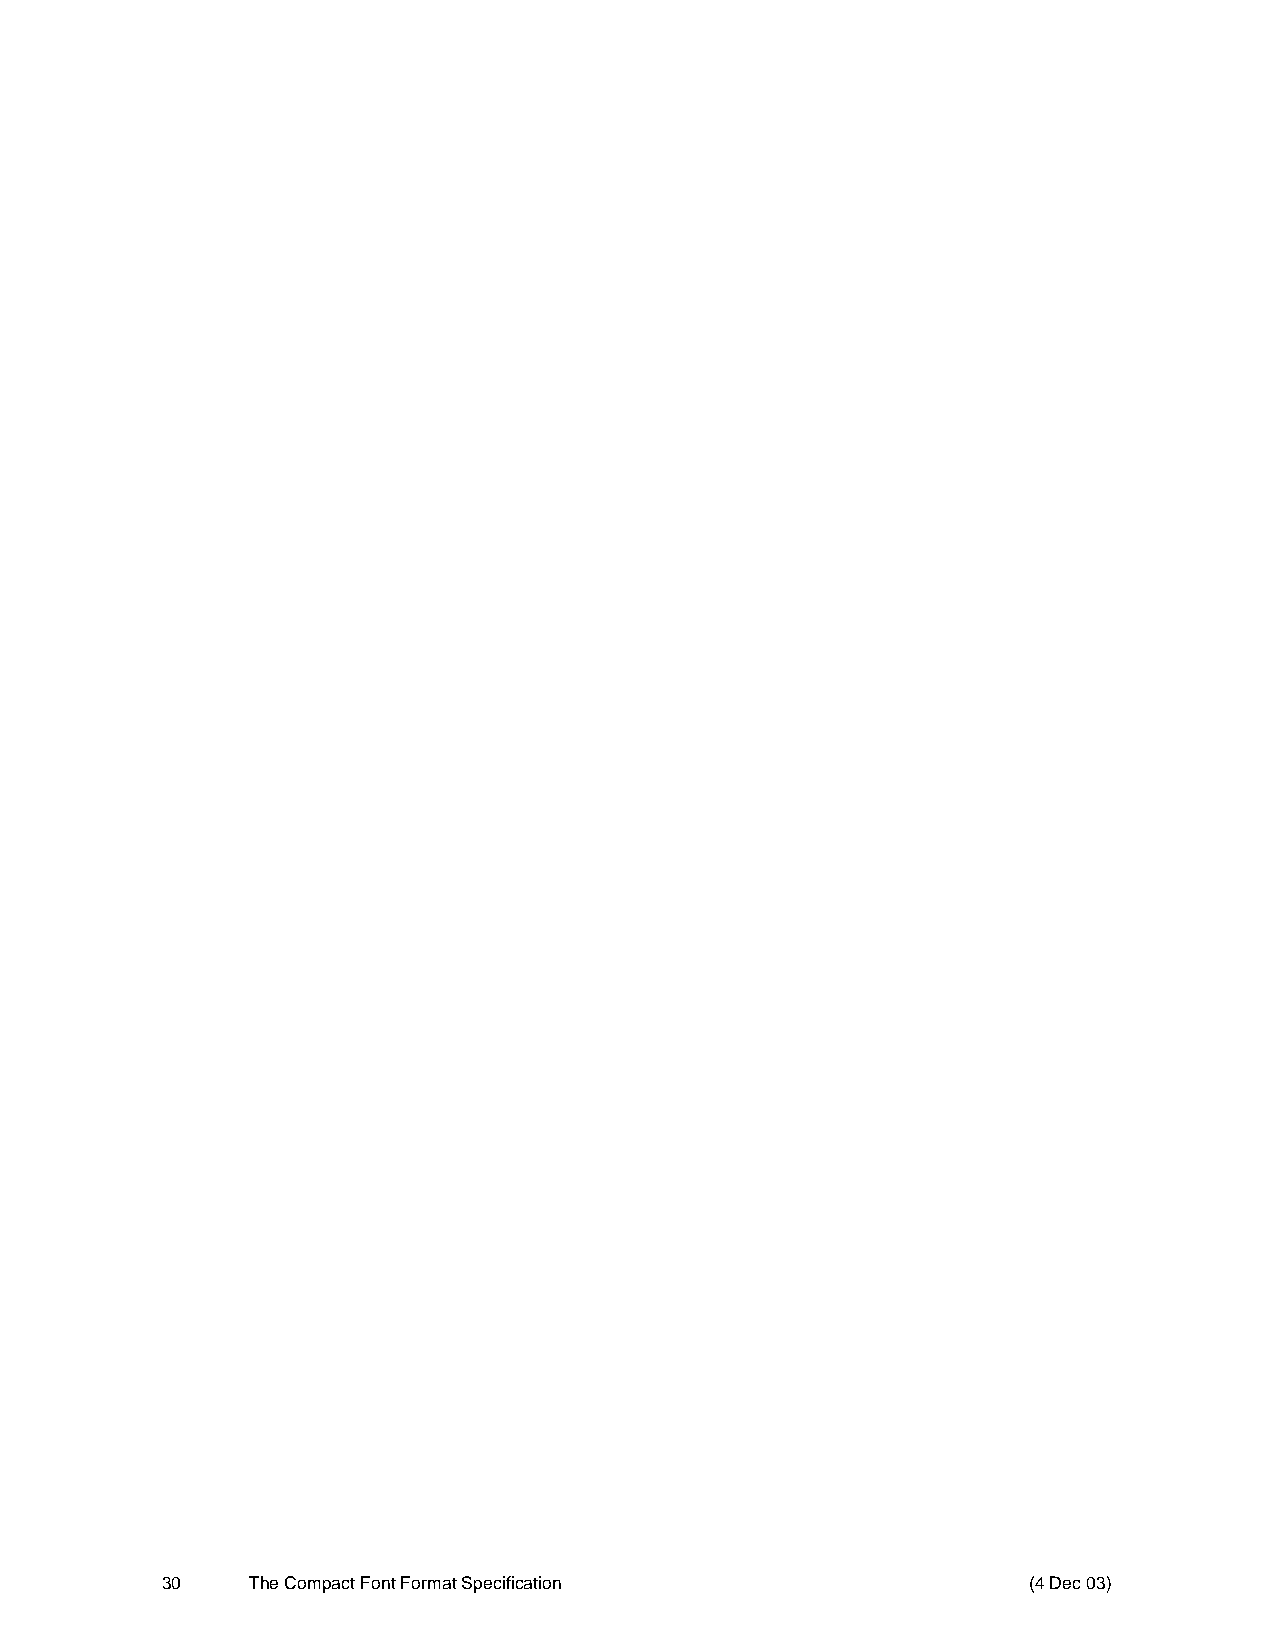
30    The Compact Font Format Specification              (4 Dec 03)